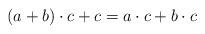
LaTeX: \begin{align*}(a+b) \cdot c +c = a \cdot c+b \cdot c\end{align*}